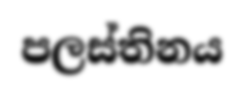
පලස්තිනය